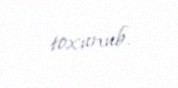
toxunub.